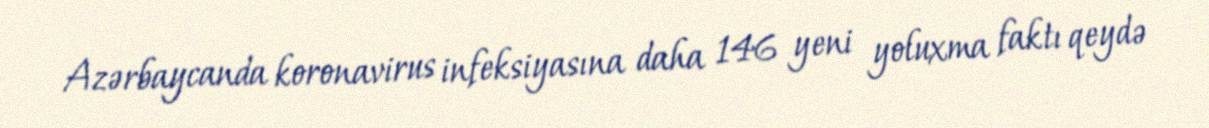
Azərbaycanda koronavirus infeksiyasına daha 146 yeni yoluxma faktı qeydə